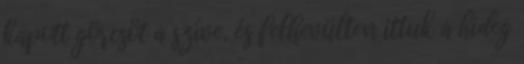
kapott görcsöt a szíve, és felhevülten ittuk a hideg